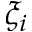
\xi _ { i }